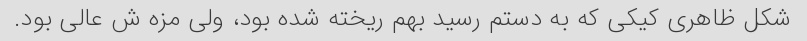
شکل ظاهری کیکی که به دستم رسید بهم ریخته شده بود، ولی مزه ش عالى بود.